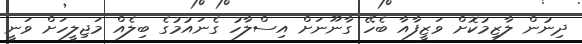
ދިނުން ލާޒިމުކޮށް ވަޒީފާއާ ބެހޭ ގާނޫނަށް އިސްލާހު ގެނައުމުގެ ބިލެއް މަޖިލީހަށް ވަނީ